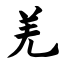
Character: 羌